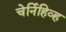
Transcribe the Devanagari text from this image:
चेर्निहिव्ह